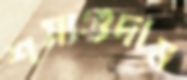
শস্যগুদাম